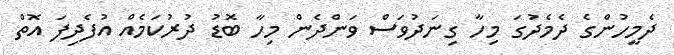
ދެމީހުންގެ ދެމެދުގަ މިހާ ގިނަދުވަސް ވަންދެން މިހާ ބޮޑު ދުރުކަމެއް އުފެދިފަ އޮތް